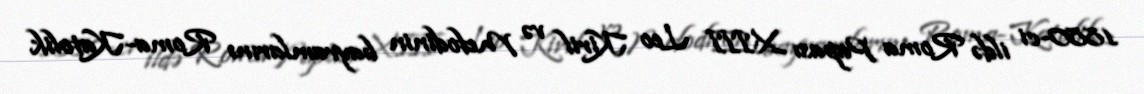
1880-ci ildə Roma Papası XIII Leo Kiril və Mefodinin bayramlarını Roma-Katolik